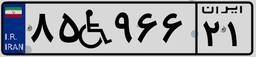
۸۵W۹۶۶۲۱